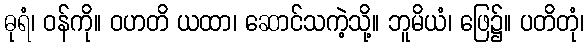
ဓုရံ၊ ဝန်ကို။ ဝဟတိ ယထာ၊ ဆောင်သကဲ့သို့။ ဘူမိယံ၊ ဖြေ၌။ ပတိတုံ၊